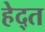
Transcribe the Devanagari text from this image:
हेद्त